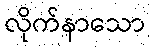
လိုက်နာသော